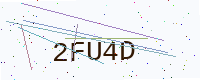
Text: 2FU4D